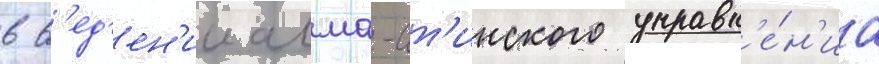
в в'ед'ен'ии алма-ат'инского управл'е́н'иа